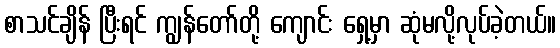
စာသင်ချိန် ပြီးရင် ကျွန်တော်တို့ ကျောင်း ရှေ့မှာ ဆုံမလို့လုပ်ခဲ့တယ်။